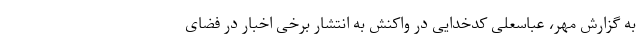
به گزارش مهر، عباسعلی کدخدایی در واکنش به انتشار برخی اخبار در فضای